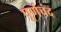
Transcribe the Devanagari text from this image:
पूर्णचंद